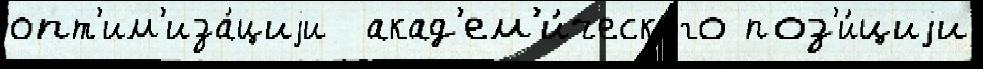
опт'им'иза́циjи  акад'ем'и́ческого поз'и́циjи